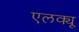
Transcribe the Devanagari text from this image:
एलक्यू